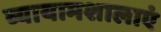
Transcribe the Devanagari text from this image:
व्यायामशालाएं